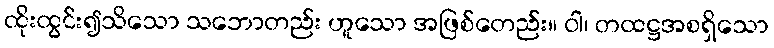
ထိုးထွင်း၍သိသော သဘောတည်း ဟူသော အဖြစ်တေည်း။ ဝါ၊ တထဋ္ဌအစရှိသော